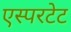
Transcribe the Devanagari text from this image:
एस्परटेट